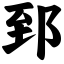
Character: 郅